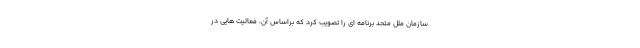
سازمان ملل متحد برنامه ای را تصویب کرد که براساس آن، فعالیت هایی در